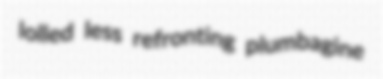
lolled less refronting plumbagine